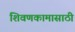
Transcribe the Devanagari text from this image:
शिवणकामासाठी